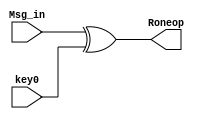
module Initial_round (Msg_in, key0, Roneop);

input  [0:127] Msg_in, key0;
output [0:127] Roneop;

assign Roneop = Msg_in^key0;

endmodule